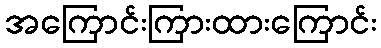
အကြောင်းကြားထားကြောင်း